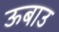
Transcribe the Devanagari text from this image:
ऊबाउ